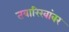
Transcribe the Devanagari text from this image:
तवारिखांवर